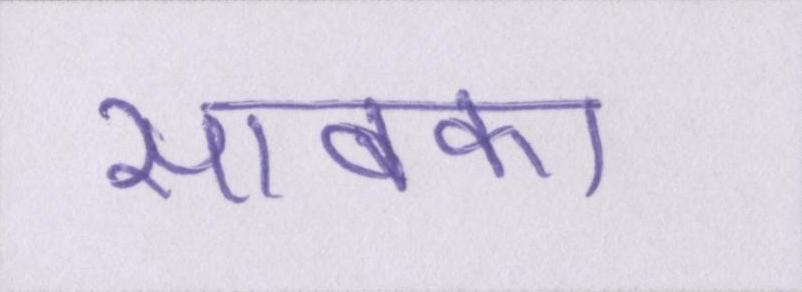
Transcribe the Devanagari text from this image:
साबका